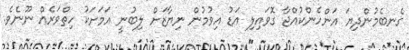
ގެނބެމުންދިޔަ އަންހެންކުއްޖާ ގޮވައިލި އަޑު އިވުމުން ނިޔާޒަށް ލިބުނީ އަމަށަކު ހިތްވަރެއް ނޫނެވެ.